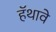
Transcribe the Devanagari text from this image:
हॅथावे